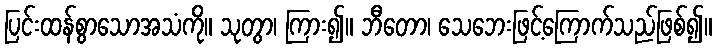
ပြင်းထန်စွာသောအသံကို။ သုတွာ၊ ကြား၍။ ဘီတော၊ သေဘေးဖြင့်ကြောက်သည်ဖြစ်၍။